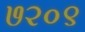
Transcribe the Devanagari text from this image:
७२०९